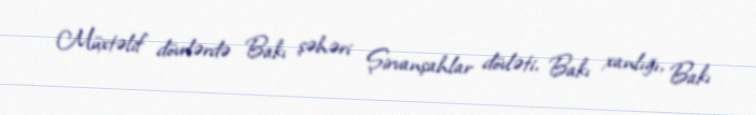
Müxtəlif dövrlərdə Bakı şəhəri Şirvanşahlar dövləti, Bakı xanlığı, Bakı